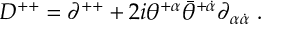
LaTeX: D ^ { + + } = \partial ^ { + + } + 2 i \theta ^ { + \alpha } \bar { \theta } ^ { + \dot { \alpha } } \partial _ { \alpha \dot { \alpha } } \; .